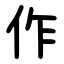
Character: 作